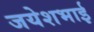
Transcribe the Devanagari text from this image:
जयेशभाई